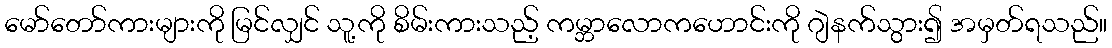
မော်တော်ကားများကို မြင်လျှင် သူ့ကို စိမ်းကားသည့် ကမ္ဘာလောကဟောင်းကို ဂျဲနက်သွား၍ အမှတ်ရသည်။